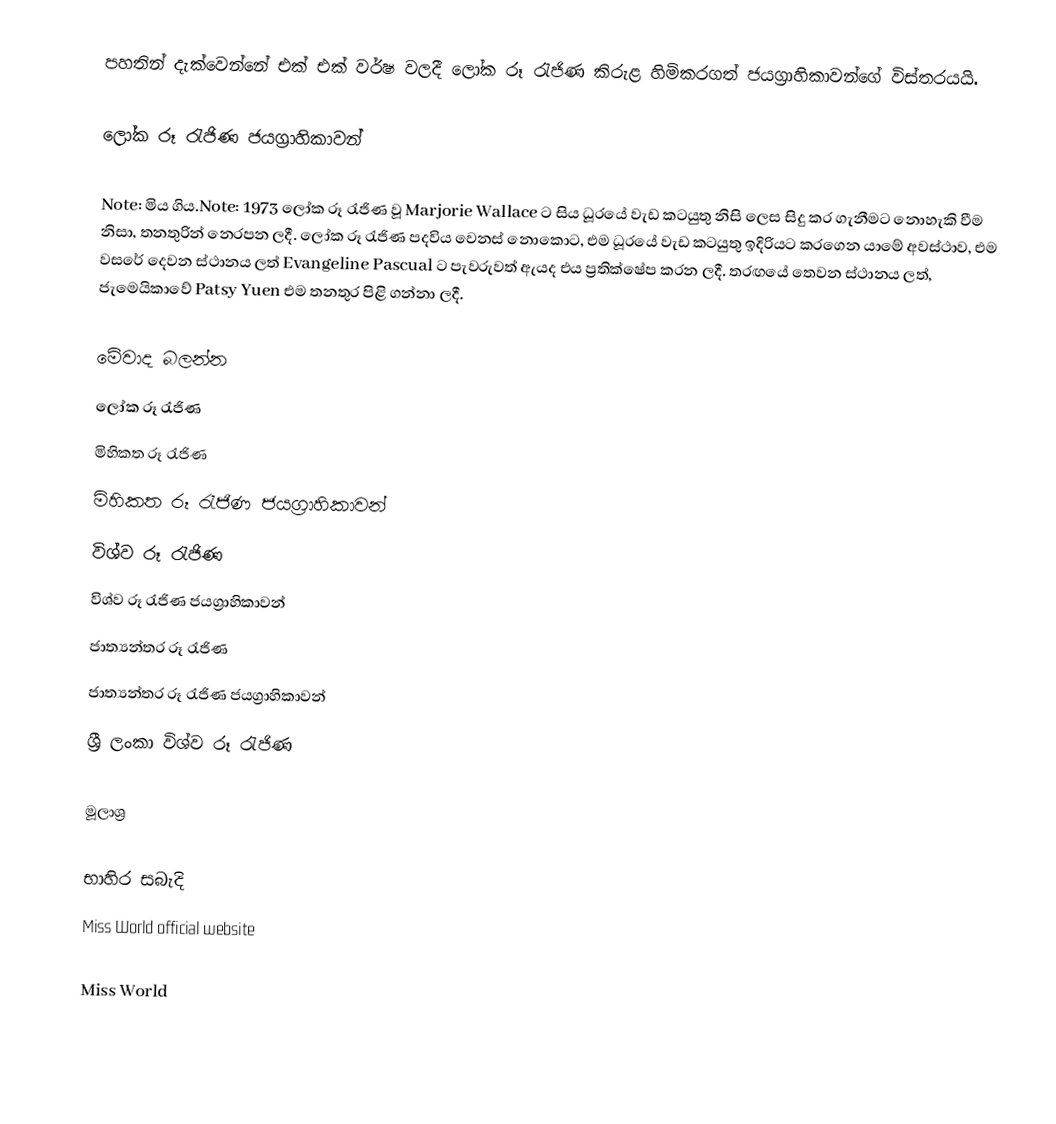
පහතින් දැක්වෙන්නේ එක් එක් වර්ෂ වලදී ලෝක රූ රැජිණ කිරුළ හිමිකරගත් ජයග්‍රාහිකාවන්ගේ විස්තරයයි.

ලෝක රූ රැජිණ ජයග්‍රාහිකාවන්

Note:  මිය ගිය.Note: 1973 ලෝක රූ රැජිණ වූ Marjorie Wallace ට සිය ධූරයේ වැඩ කටයුතු නිසි ලෙස සිදු කර ගැනීමට නොහැකි වීම නිසා, තනතුරින් නෙරපන ලදී. ලෝක රූ රැජිණ පදවිය වෙනස් නොකොට, එම ධූරයේ වැඩ කටයුතු ඉදිරියට කරගෙන යාමේ අවස්ථාව, එම වසරේ දෙවන ස්ථානය ලත් Evangeline Pascual ට පැවරුවත් ඇයද එය ප්‍රතික්ෂේප කරන ලදී. තරඟයේ තෙවන ස්ථානය ලත්, ජැමෙයිකාවේ Patsy Yuen එම තනතුර පිළි ගන්නා ලදී.

මේවාද බලන්න
ලෝක රූ රැජිණ
මිහිකත රූ රැජිණ
මිහිකත රූ රැජිණ ජයග්‍රාහිකාවන්
විශ්ව රූ රැජිණ
විශ්ව රූ රැජිණ ජයග්‍රාහිකාවන්
ජාත්‍යන්තර රූ රැජිණ
ජාත්‍යන්තර රූ රැජිණ ජයග්‍රාහිකාවන්
ශ්‍රී ලංකා විශ්ව රූ රැජිණ

මූලාශ්‍ර

භාහිර සබැදි
 Miss World official website

Miss World